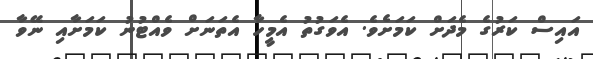
އައިސް ކަރުގެ މެދަށް ކަމަށެވެ. އެވަގުތު އެމީހާ އެތަނަށް ވެއްޓުނު ކަމަށާއި ނޭވާ